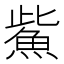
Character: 鮆